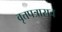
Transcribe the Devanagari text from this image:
वृत्तपत्रासच